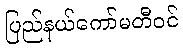
ပြည်နယ်ကော်မတီဝင်